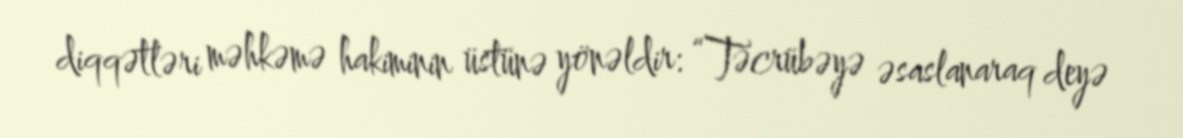
diqqətləri məhkəmə hakiminin üstünə yönəldir: “Təcrübəyə əsaslanaraq deyə